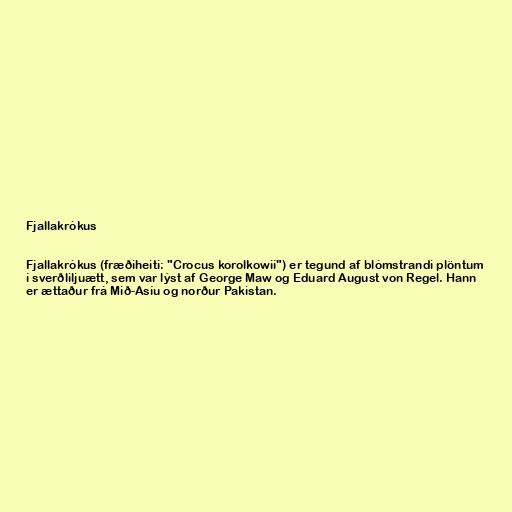
Fjallakrókus

Fjallakrókus (fræðiheiti: "Crocus korolkowii") er tegund af blómstrandi plöntum
í sverðliljuætt, sem var lýst af George Maw og Eduard August von Regel. Hann
er ættaður frá Mið-Asíu og norður Pakistan.